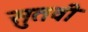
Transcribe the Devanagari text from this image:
सुतवी